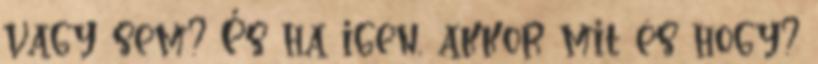
vagy sem? És ha igen, akkor mit és hogy?